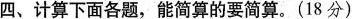
四、计算下面各题，能简算的要简算。(18分)